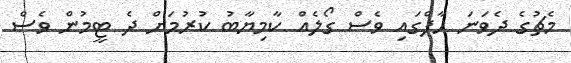
މެޗުގެ ދެވަނަ ހާފްގައި ވެސް ގޯލެއް ކާމިޔާބު ކުރުމަށް ދެ ޓީމުން ވެސް